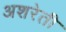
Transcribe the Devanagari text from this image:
अशरेती